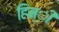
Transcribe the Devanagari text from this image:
हिन्ी